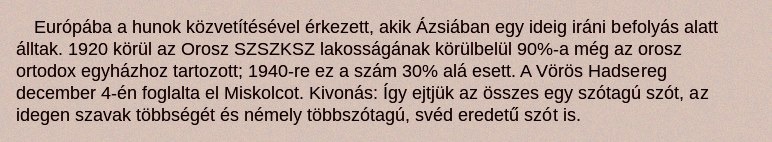
Európába a hunok közvetítésével érkezett, akik Ázsiában egy ideig iráni befolyás alatt álltak. 1920 körül az Orosz SZSZKSZ lakosságának körülbelül 90%-a még az orosz ortodox egyházhoz tartozott; 1940-re ez a szám 30% alá esett. A Vörös Hadsereg december 4-én foglalta el Miskolcot. Kivonás: Így ejtjük az összes egy szótagú szót, az idegen szavak többségét és némely többszótagú, svéd eredetű szót is.